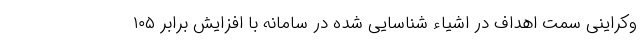
وکراینی سمت اهداف در اشیاء شناسایی شده در سامانه با افزایش برابر ۱۰۵